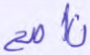
ناصح